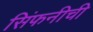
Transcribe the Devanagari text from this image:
सिंफनीची